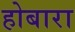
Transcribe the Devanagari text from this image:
होबारा